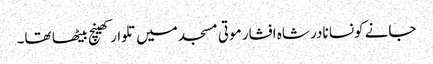
جانے کونسا نادر شاہ افشار موتی مسجد میں تلوار کھینچ بیٹھا تھا۔